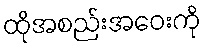
ထိုအစည်းအဝေးကို